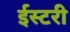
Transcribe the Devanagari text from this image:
ईस्टरी